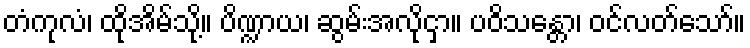
တံကုလံ၊ ထိုအိမ်သို့။ ပိဏ္ဍာယ၊ ဆွမ်းအလိုငှာ။ ပဝိသန္တော၊ ဝင်လတ်သော်။